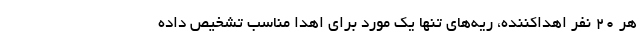
هر 20 نفر اهداکننده، ریه‌های تنها یک مورد برای اهدا مناسب تشخیص داده